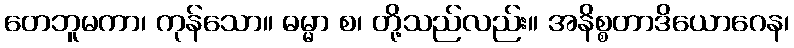
တေဘူမကာ၊ ကုန်သော။ ဓမ္မာ စ၊ တို့သည်လည်း။ အနိစ္စတာဒိယောဂေန၊